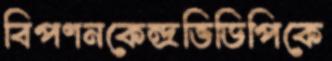
বিপণনকেন্দ্রভিডিপিকে